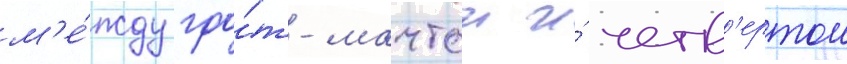
м'е́жду гро́т-мачтои и́ четв'ертои